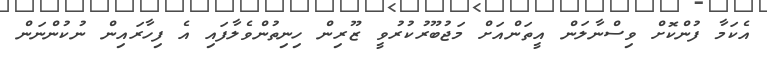
އެކަމާ ފުންކޮށް ވިސްނާލަން އީތަންއަށް މަޖުބޫރުކުރުވީ ޒޫރިން ހިނިތުންވެލާފައި އެ ފިހާރައިން ނުކުންނަން